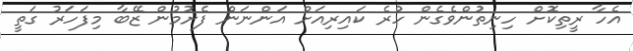
އެހާ ރީތިކޮށް ހިނިތުންވެގެން ހުރެ ކައިރިއަށް އަންނަން ފެށުމުން ޒޭބާ މިފަހަރު ގަތީ